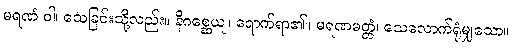
မရဏံ ဝါ၊ သေခြင်းသို့လည်း။ နိဂစ္ဆေယျ၊ ရောက်ရာ၏။ မရဏမတ္တံ၊ သေလောက်ရုံမျှသော။